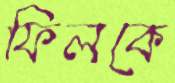
ফিলকে